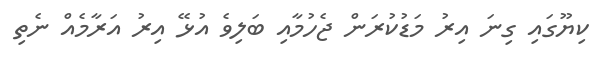
ކިޔޫގައި ގިނަ އިރު މަޑުކުރަން ޖެހުމާއި ބަލިވެ އުޅޭ އިރު އަރާމެއް ނެތި